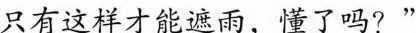
只有这样才能遮雨，懂了吗?”